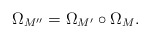
\begin{align*}\Omega_{M''}=\Omega_{M'}\circ\Omega_{M} .\end{align*}